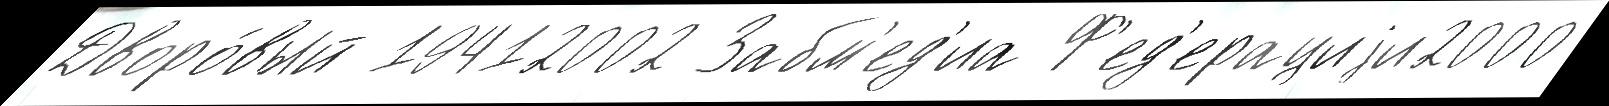
Дворо́вый 19412002 Забм'ед'иа Ф'ед'ерациjи2000